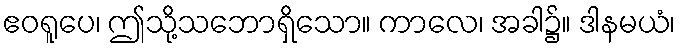
ဧဝရူပေ၊ ဤသို့သဘောရှိသော။ ကာလေ၊ အခါ၌။ ဒါနမယံ၊